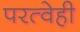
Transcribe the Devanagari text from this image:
परत्वेही